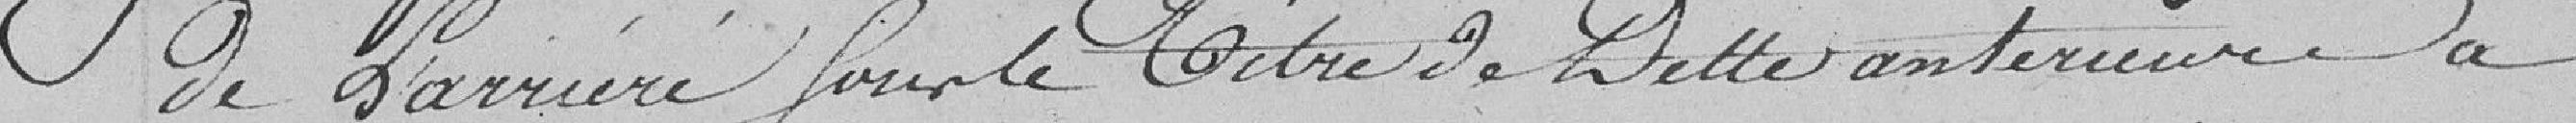
de l'arriéré pour le titre de la dette antérieure à